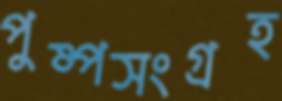
পুষ্পসংগ্রহ